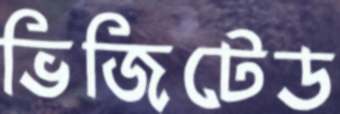
ভিজিটেড